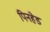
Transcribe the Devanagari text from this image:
पिनहेड